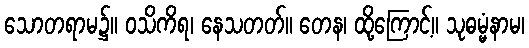
သောတရာမ၌။ ဝသိကိရ၊ နေသတတ်။ တေန၊ ထို့ကြောင့်။ သုဓမ္မံနာမ၊